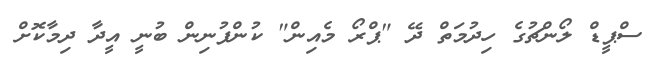
ސްޕީޑް ލޯންޗުގެ ހިދުމަތް ދޭ "ޕްރޯ މެއިން" ކުންފުނިން ބުނީ އީދާ ދިމާކޮށް